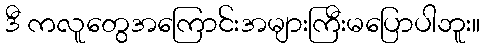
ဒီ ကလူတွေအကြောင်းအများကြီးမပြောပါဘူး။